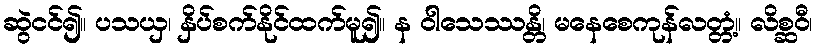
ဆွဲငင်၍။ ပသယှ၊ နှိပ်စက်နိုင်ထက်မူ၍။ န ဝါသေဿန္တိ၊ မနေစေကုန်လတ္တံ့။ လိစ္ဆဝီ၊